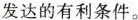
发达的有利条件。